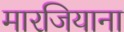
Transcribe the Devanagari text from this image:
मारजियाना